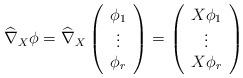
LaTeX: \begin{align*}\widehat{\nabla}_X\phi=\widehat{\nabla}_X\left(\begin{array}{c}\phi_1 \\\vdots\\\phi_r \end{array} \right)=\left(\begin{array}{c}X\phi_1 \\\vdots\\X\phi_r \end{array} \right)\end{align*}